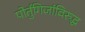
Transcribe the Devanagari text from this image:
पोर्तुगिजांविरुद्ध